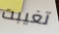
تغيبت